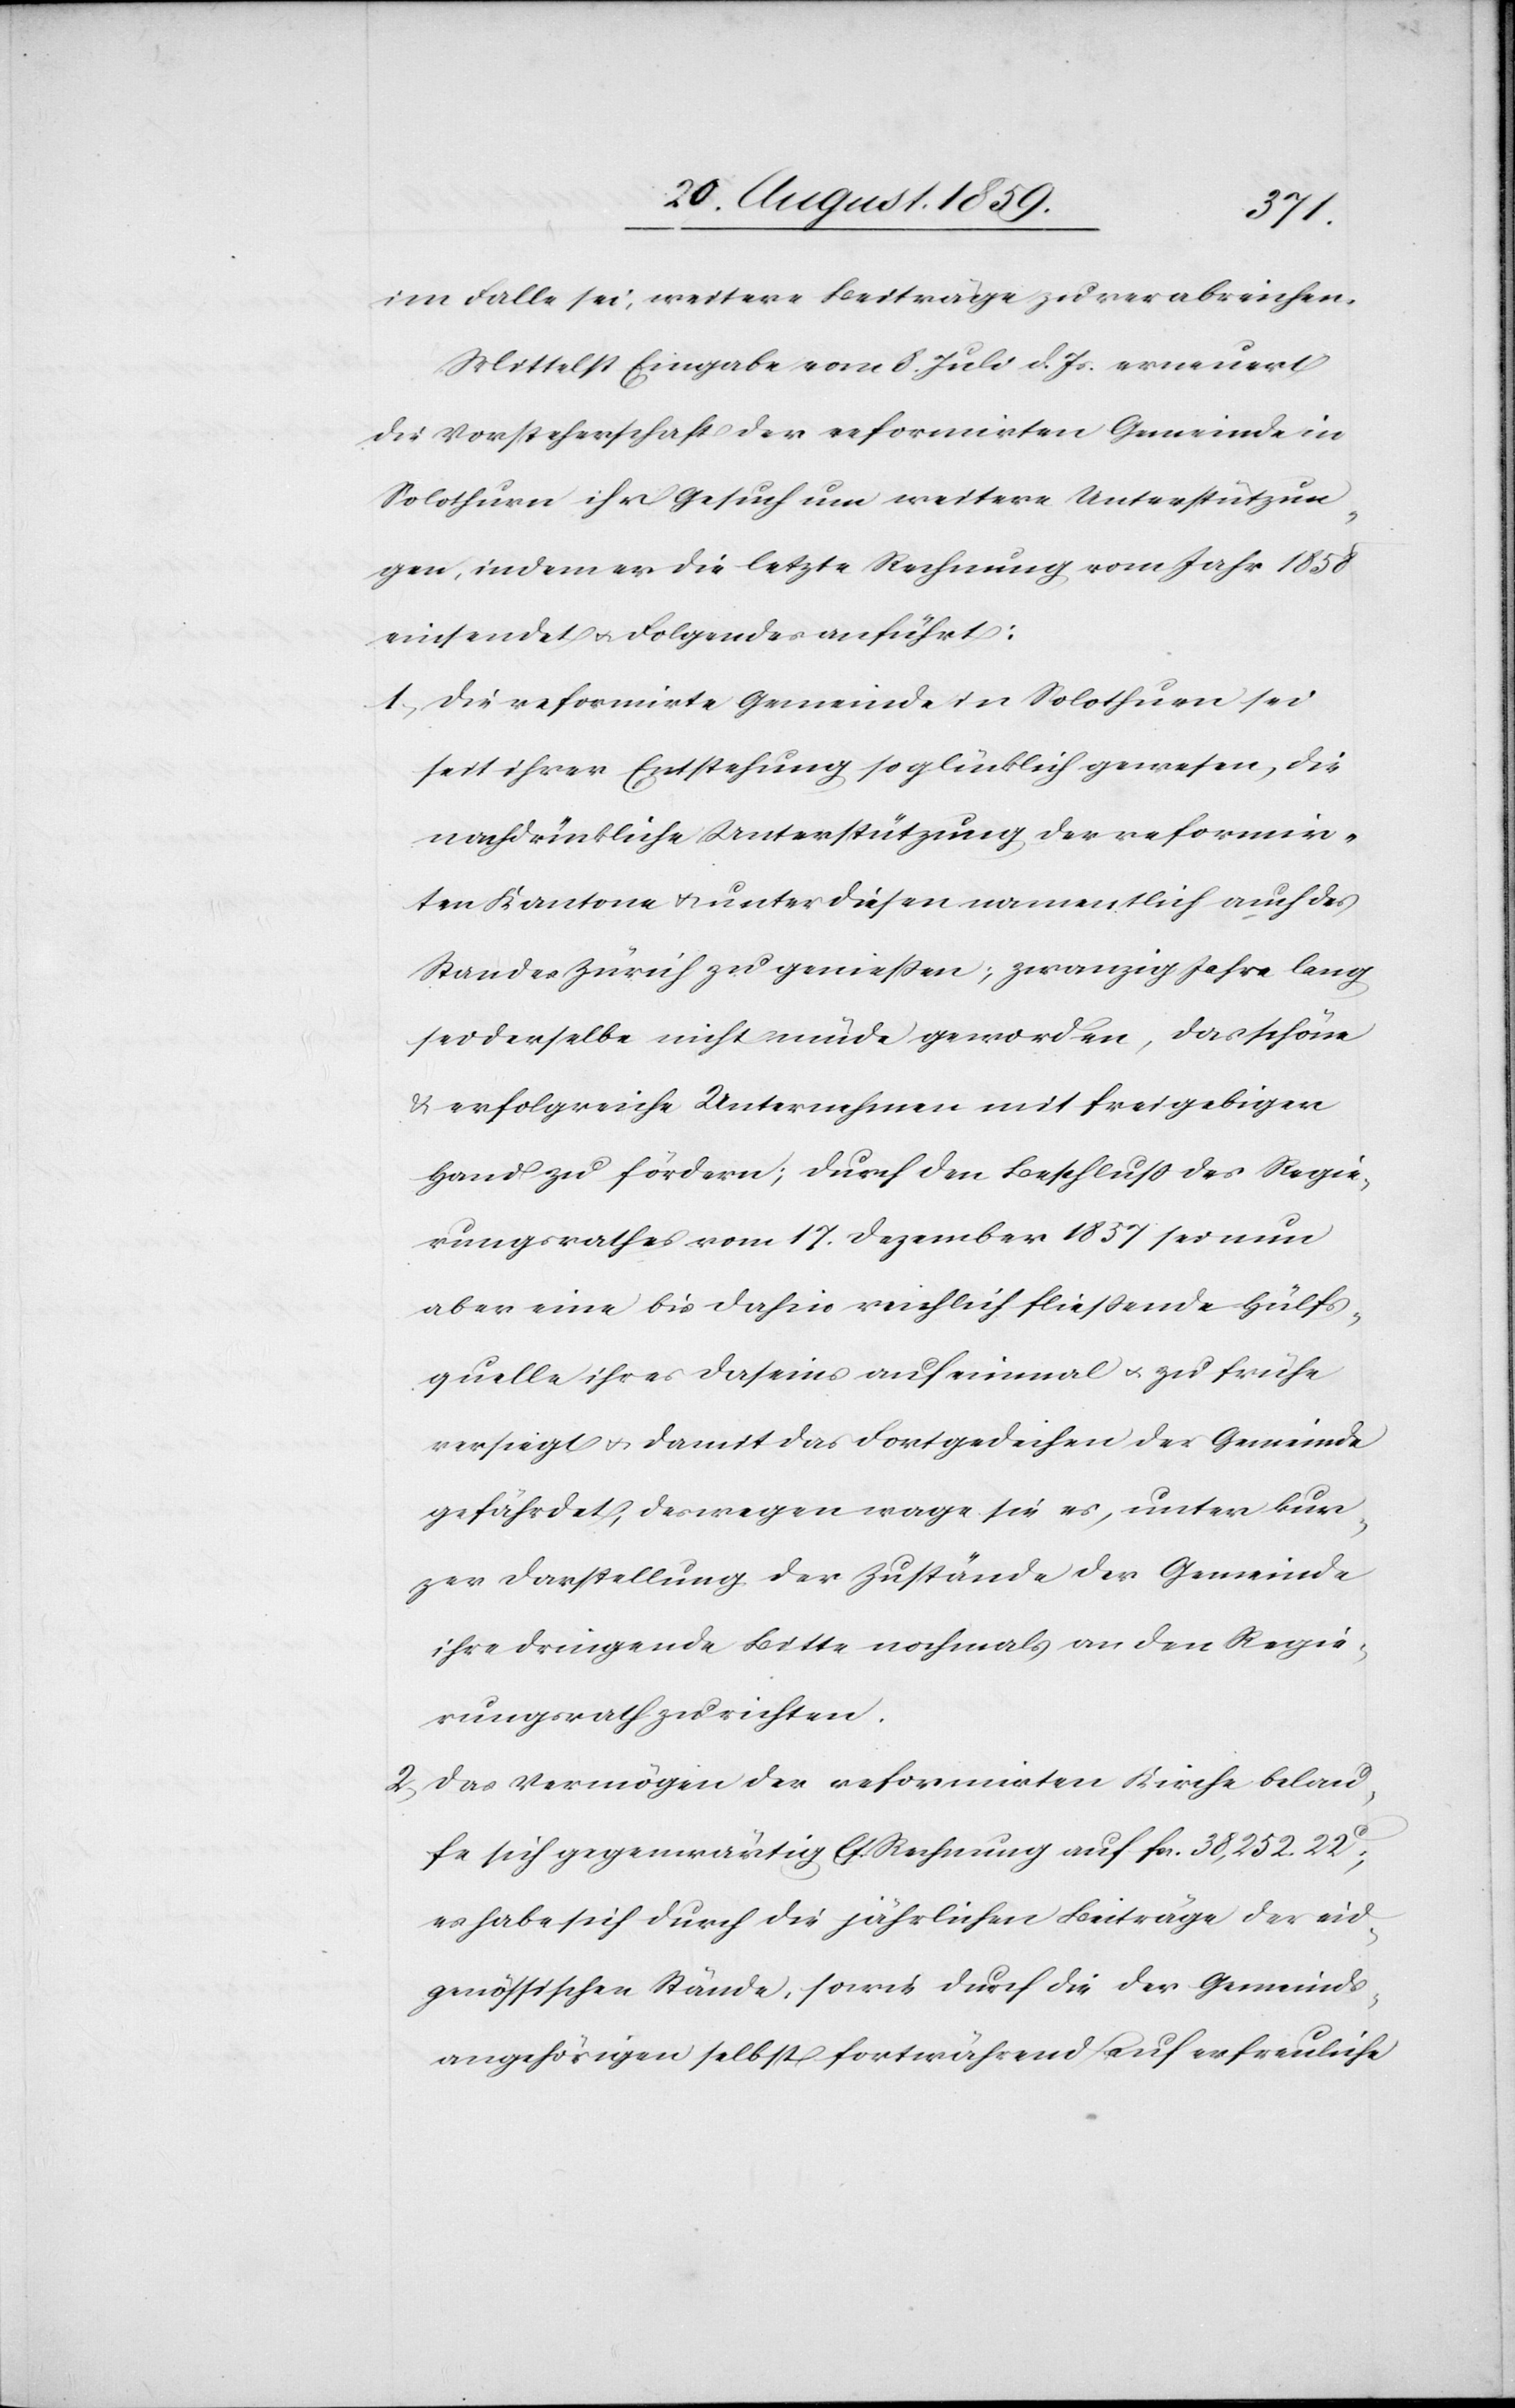
im Falle sei, weitere Beiträge zu verabreichen.
Mittelst Eingabe vom 8. Juli d. Js. erneuert
die Vorsteherschaft der reformirten Gemeinde in
Solothurn ihr Gesuch um weitere Unterstützun¬
gen, indem er [sic!] die letzte Rechnung vom Jahr 1858
einsendet & Folgendes anführt:
1. Die reformirte Gemeinde in Solothurn sei
seit ihrer Entstehung so glücklich gewesen, die
nachdrückliche Unterstützung der reformir¬
ten Kantone & unter diesen namentlich auch des
Standes Zürich zu genießen; zwanzig Jahre lang
sei derselbe nicht müde geworden, das schöne
& erfolgreiche Unternehmen mit freigebiger
Hand zu fördern; durch den Beschluß des Regie¬
rungsrathes vom 17. Dezember 1837 sei nun
aber eine bis dahin reichlich fließende Hülfs¬
quelle ihres Daseins auf einmal & zu frühe
versiegt & damit das Fortgedeihen der Gemeinde
gefährdet, deswegen wage sie es, unter kur¬
zer Darstellung der Zustände der Gemeinde
ihre dringende Bitte nochmals an den Regie¬
rungsrath zu richten.
2. Das Vermögen der reformirten Kirche belau¬
fe sich gegenwärtig lt. Rechnung auf fcs. 38,252.22c,
es habe sich durch die jährlichen Beiträge der eid¬
genössischen Stände, sowie durch die der Gemeinds¬
angehörigen selbst fortwährend auf erfreuliche